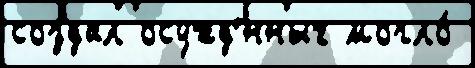
создал осужд'́нных могло́